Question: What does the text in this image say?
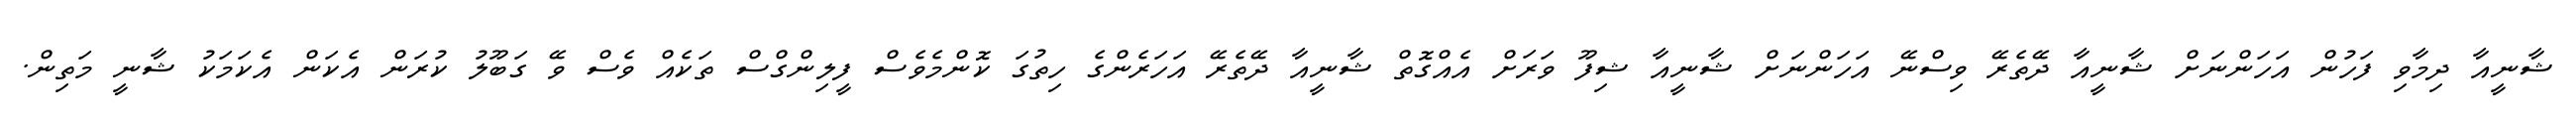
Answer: ޝާނީއާ ދިމާވި ފަހުން އަހަންނަށް ޝާނީއާ ދޭތެރޭ ވިސްނޭ އަހަންނަށް ޝާނީއާ ޝިފޫ ވަރަށް އެއްގޮތް ޝާނީއާ ދޭތެރޭ އަހަރެންގެ ހިތުގަ ކޮންމެވެސް ފީލިންގްސް ތަކެއް ވެސް ވޭ ގަބޫލު ކުރަން އެކަން އެކަމަކު ޝާނީ މަތިން.